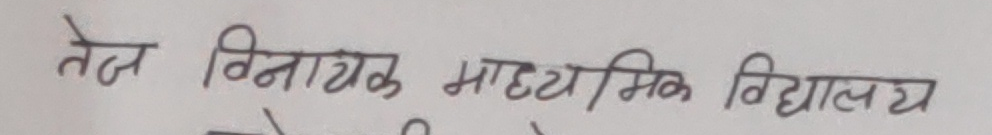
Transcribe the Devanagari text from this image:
तेज विनायक माध्यमिक विद्यालय